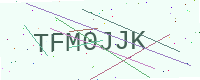
Text: TFM0JJK